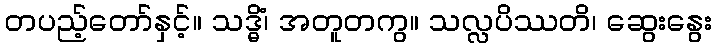
တပည့်တော်နှင့်။ သဒ္ဓိံ၊ အတူတကွ။ သလ္လပိဿတိ၊ ဆွေးနွေး